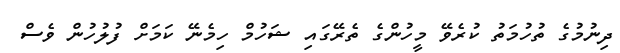
ދިނުމުގެ ތުހުމަތު ކުރެވޭ މީހުންގެ ތެރޭގައި ޝަހުމް ހިމެނޭ ކަމަށް ފުލުހުން ވެސް